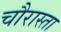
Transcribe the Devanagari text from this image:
चौरास्ता